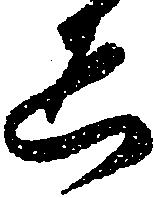
ゑ